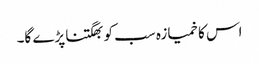
اس کا خمیازہ سب کو بھگتنا پڑے گا۔